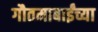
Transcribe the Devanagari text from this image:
गौतमाबाईंच्या